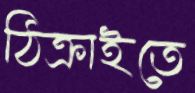
ঠিক্‌রাইতে